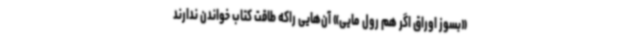
«بسوز اوراق اگر هم رول مایی» آن‌هایی راکه طاقت کتاب خواندن ندارند